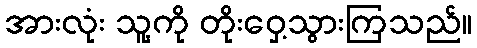
အားလုံး သူ့ကို တိုးဝှေ့သွားကြသည်။